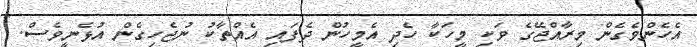
އެހެންވެގެން މިރާއްޖޭގެ ވަކި މީހަކާ ހެދި އެމީހުން ދެފައި އެއްތާކު ނުޖެހިގެން އުޅެނީވެސް.